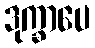
ဒုက္ခာပေ